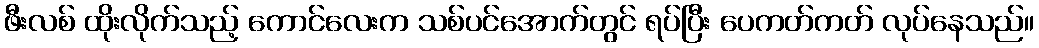
ဖီးလစ် ထိုးလိုက်သည့် ကောင်လေးက သစ်ပင်အောက်တွင် ရပ်ပြီး ပေကတ်ကတ် လုပ်နေသည်။